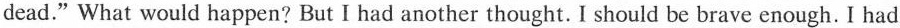
dead."What would happen? But I had another thought. I should be brave enough. I had